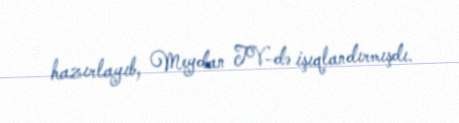
hazırlayıb, Meydan TV-də işıqlandırmışdı.